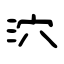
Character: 泬